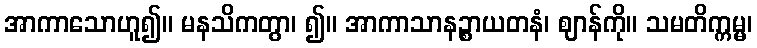
အာကာသောဟူ၍။ မနသိကတွာ၊ ၍။ အာကာသာနဉ္စာယတနံ၊ ဈာန်ကို။ သမတိက္ကမ္မ၊